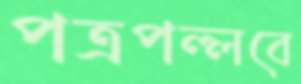
পত্রপল্লবে